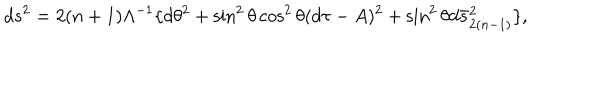
LaTeX: d s ^ { 2 } = 2 ( n + 1 ) \Lambda ^ { - 1 } \lbrace d \theta ^ { 2 } + \sin ^ { 2 } \theta \cos ^ { 2 } \theta ( d \tau - A ) ^ { 2 } + \sin ^ { 2 } \theta d \bar { s } _ { 2 ( n - 1 ) } ^ { 2 } \rbrace ,